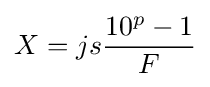
X=js{\frac {10^{p}-1}{F}}